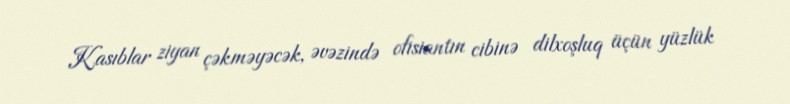
Kasıblar ziyan çəkməyəcək, əvəzində ofisiantın cibinə dilxoşluq üçün yüzlük